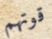
قوتهم